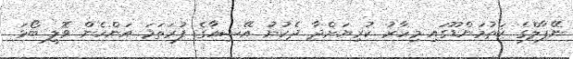
ނޭޕާލްގެ ކަތުމަންޑޫގައި މިހާރު ކުރިޔަށްދާ ދެކުނު އޭޝިއާގެ ފުރަތަމަ އަންހެން ވޮލީ ބޯޅަ